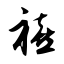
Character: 禧